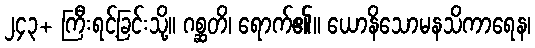
၂၄၃+ ကြီးရင့်ခြင်းသို့။ ဂစ္ဆတိ၊ ရောက်၏။ ယောနိသောမနသိကာရေန၊